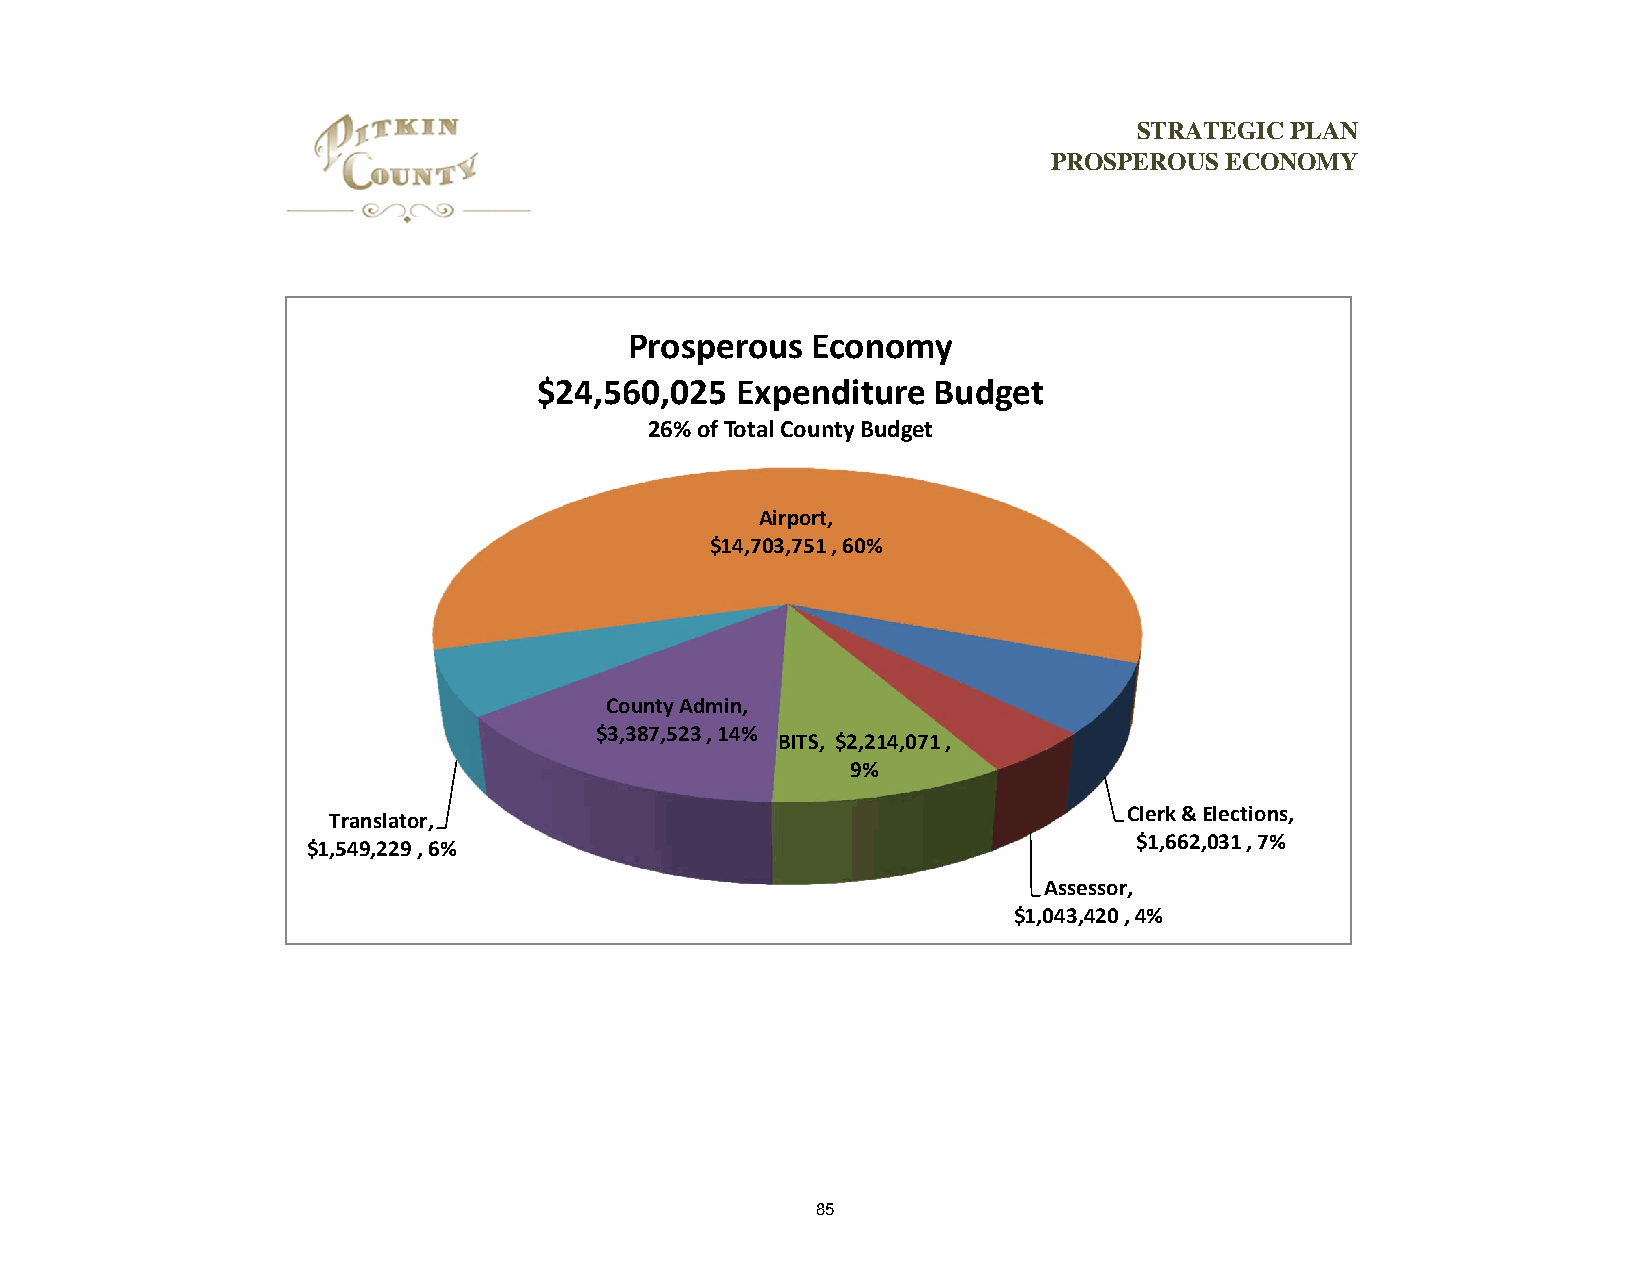
STRATEGIC PLAN
 PROSPEROUS ECONOMY
 Prosperous  Economy
 $24,560,025  Expenditure  Budget
 26% of Total County Budget
 Airport,
 $14,703,751 , 60%
 County Admin,
 $3,387,523 , 14%
 BITS, $2,214,071 ,
 9%
 Clerk & Elections,
 Translator,
 $1,662,031 , 7%
 $1,549,229 , 6%
 Assessor,
 $1,043,420 , 4%
 85